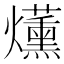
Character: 𤓂